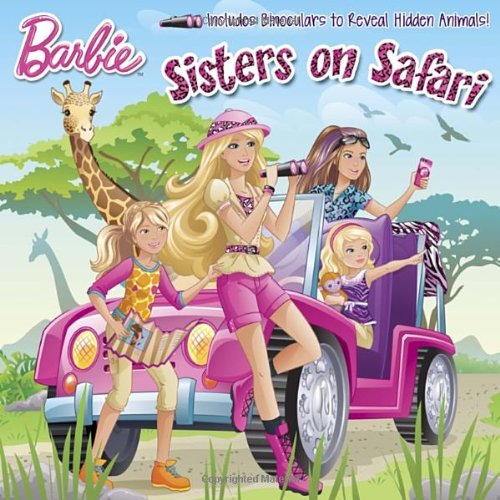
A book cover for Sisters on Safari (Barbie) (Pictureback(R)); Random House; Children's Books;